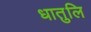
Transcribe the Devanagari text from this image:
धातुलि